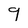
Character: 9